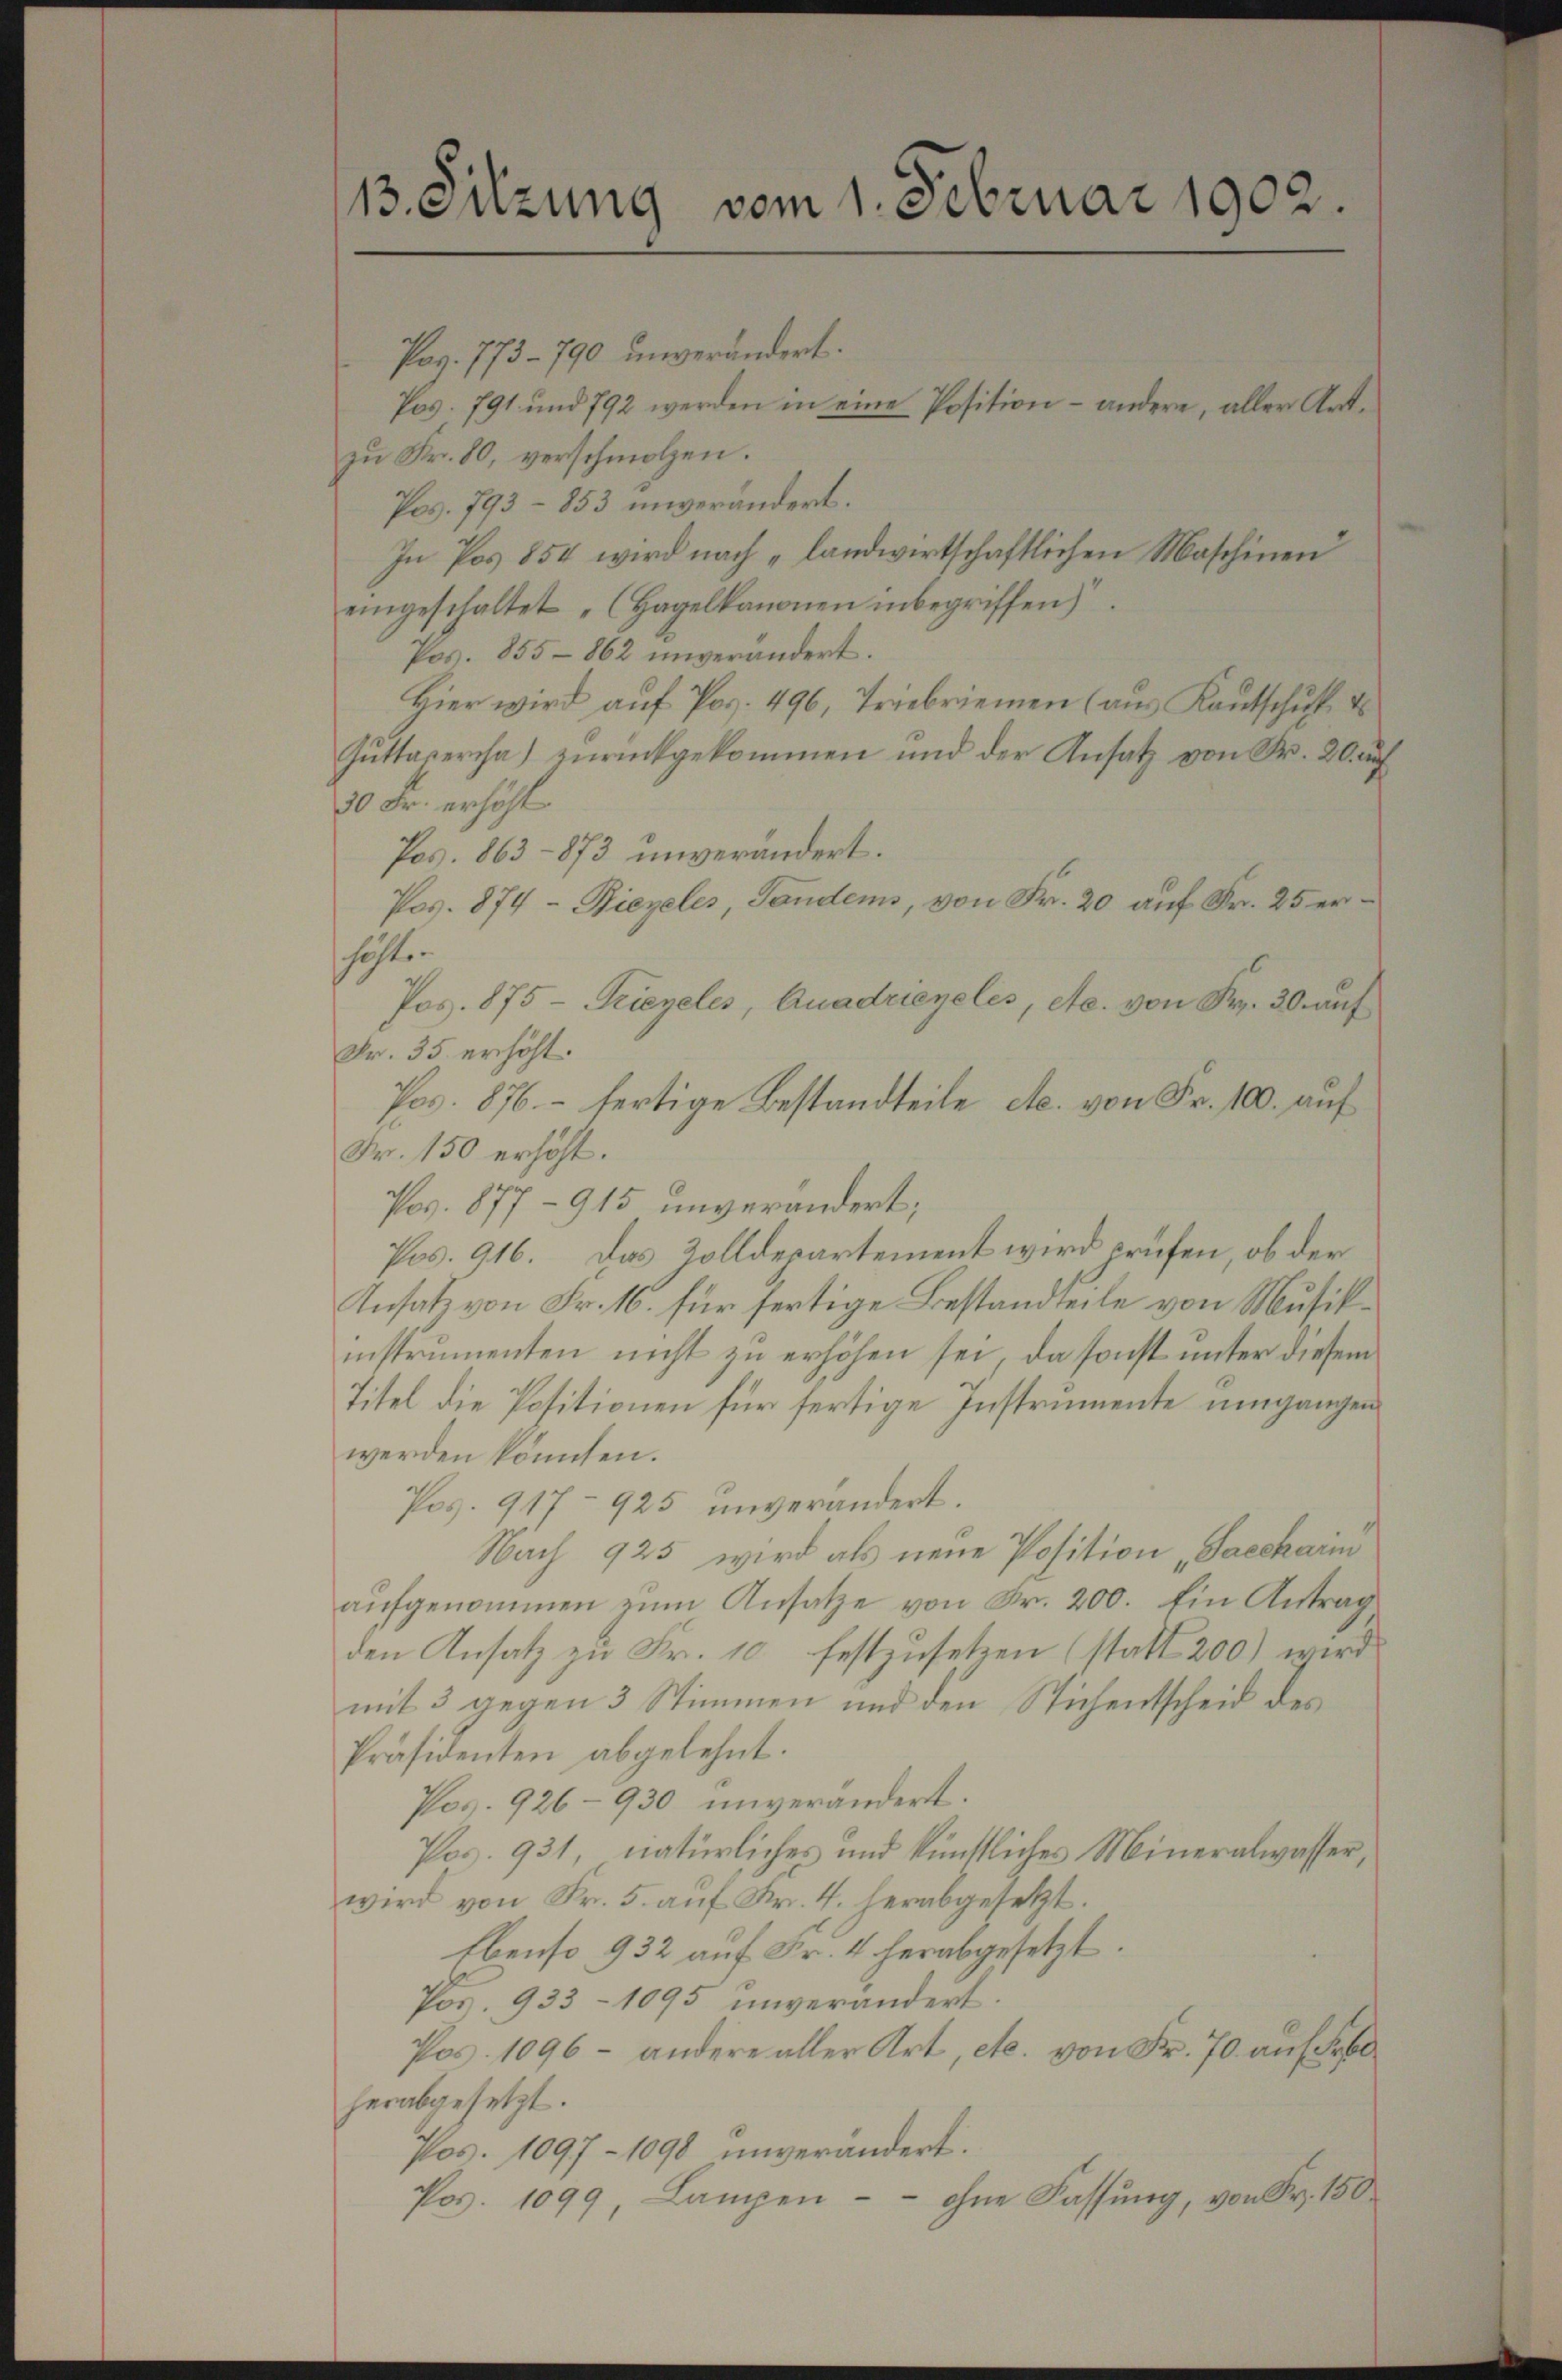
13. Sitzung vom 1. Februar 1902.

Pag. 773 - 790 unverändert.
Pos. 791 und 792 werden in eine Position – andere, aller Art.
zu Fr. 80, verschmolzen.
Pos. 793 - 853 unverändert.
In Pos 854 wird nach „landwirtschaftlichen Maschinen
eingeschaltet „(Hagelkanonen inbegriffen)
Pos. 855-862 unverändert.
Hier wird auf Pag. 496, Triebriemen (aus Kautschuß d
Guttapercha) zurückgekommen und der Ansatz von Fr. 20. auf
30 Fr. erhöht.
Pos. 863 - 873 unverändert.
Pos. 874- Biegeles, Landen, von Fr. 20 auf Fr. 25 erhöfte
Pos. 875 - Triegeles, Quadriegeles, etc. von Fr. 30. auf
Fr. 35 erhöht.
Pos. 876.- fertige Bestandteile etc. von Fr. 100. auf
Fr. 150 erhöht.
Pos. 877-915 unverändert;
Pos. 916. Das Zolldepartement wird erufen, ob der
Insatz von Fr. 16. für fertige Bestandteile von Musikinstrumenten nicht zu erhöhen sei, da sonst unter diesem
Titel die Positionen für fertige Instrumente umgangen
werden könnten.
Pos. 917 - 925 unverändert.
Nach 925 wird als neue Position „Saccharin
aŭfgenommen zŭm Ansatze von Fr. 200. Ein Antrag
den Ansatz zu Fr. 10 festzusetzen (statt 200) wird
mit 3 gegen 3 Stimmen und den Stichentscheid des
Präsidenten abgelehnt.
Pos. 926-930 unverändert.
Pag. 931, natürliches und künstliches Mineralwasser,
wird von Fr. 5. aŭf Fr. 4. herabgesetzt.
Ebenso 932 auf Fr. 4 herabgesetzt.
Por. 933 - 1095 unverändert.
Pos. 1096 - andere aller Art, etc. von Fr. 70. auf Fr
herabgesetzt.
Pos. 1097 - 1098 unverändert.
 ohne Fassung, von Fr. 150
Pos. 1099, Lampen-